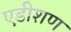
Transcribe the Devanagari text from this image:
एडीशण